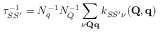
\tau _ { S S ^ { \prime } } ^ { - 1 } = N _ { q } ^ { - 1 } N _ { Q } ^ { - 1 } \sum _ { \nu \mathbf { Q } \mathbf { q } } k _ { S S ^ { \prime } \nu } ( \mathbf { Q } , \mathbf { q } )